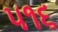
૫૧૬